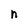
Character: n